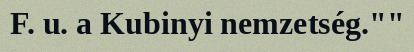
F. u. a Kubinyi nemzetség.""